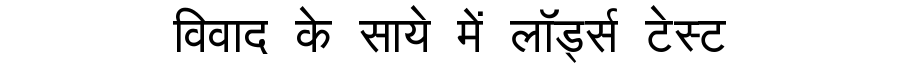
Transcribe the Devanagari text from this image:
विवाद के साये में लॉर्ड्स टेस्ट